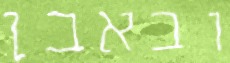
ובאבן